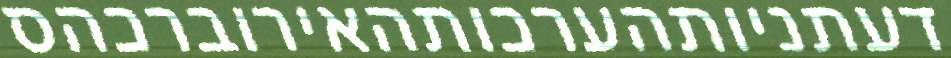
דעתניותהערכותהאירוברכהס